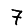
Digit: 7